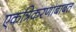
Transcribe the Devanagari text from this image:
एकत्रिकरणाबाबत